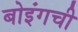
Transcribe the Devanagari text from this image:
बोइंगची